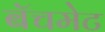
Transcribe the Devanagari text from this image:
बॅचमेट